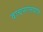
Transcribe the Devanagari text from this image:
वाचनालयांत